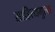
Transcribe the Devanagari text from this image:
साहित्यमुल्य